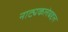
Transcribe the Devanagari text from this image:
नाट्यकलेबद्दल